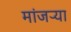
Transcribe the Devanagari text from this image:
मांजऱ्या